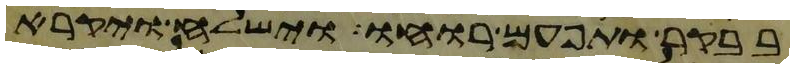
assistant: בבקר ותפעם רוחו וישלח ויקרא